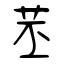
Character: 苤